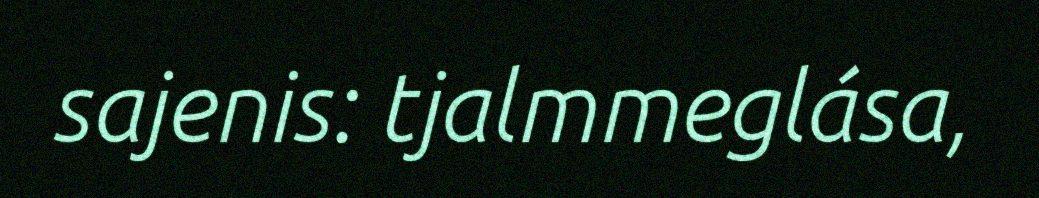
sajenis: tjalmmeglása,